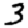
Digit: 3